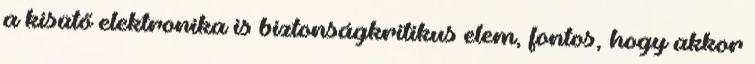
a kisütő elektronika is biztonságkritikus elem, fontos, hogy akkor